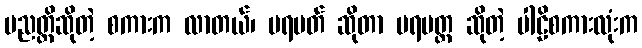
ပညတ္တိဆိုတဲ့ စကားက လာတယ်၊ ပရမတ် ဆိုတာ ပရမတ္ထ ဆိုတဲ့ ပါဠိစကားလုံးက